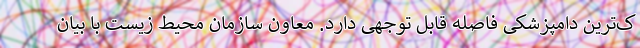
ک‌ترین دامپزشکی فاصله قابل توجهی دارد. معاون سازمان محیط زیست با بیان